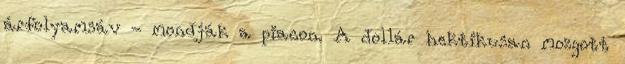
árfolyamsáv - mondják a piacon. A dollár hektikusan mozgott